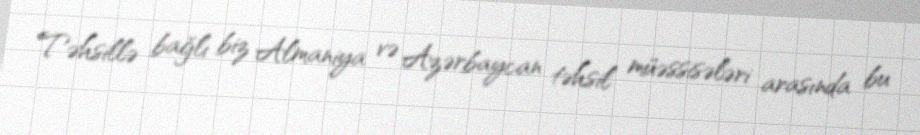
Təhsillə bağlı biz Almaniya və Azərbaycan təhsil müəssisələri arasında bu